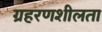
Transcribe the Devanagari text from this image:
ग्रहरणशीलता